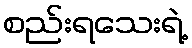
စည်းရသေးရဲ့